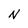
Character: N